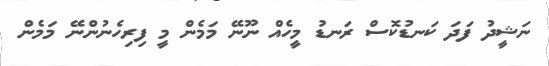
ނަޝީދު ފަދަ ކަނޑުކޮސް ރަނޑު މީހެއް ނޫނޭ މަމެން މީ ފިރިހެނުންނޭ މަމެން